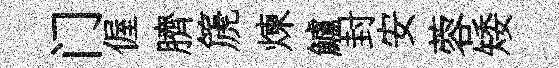
门偓臍篪煉鱸封安蓉矮